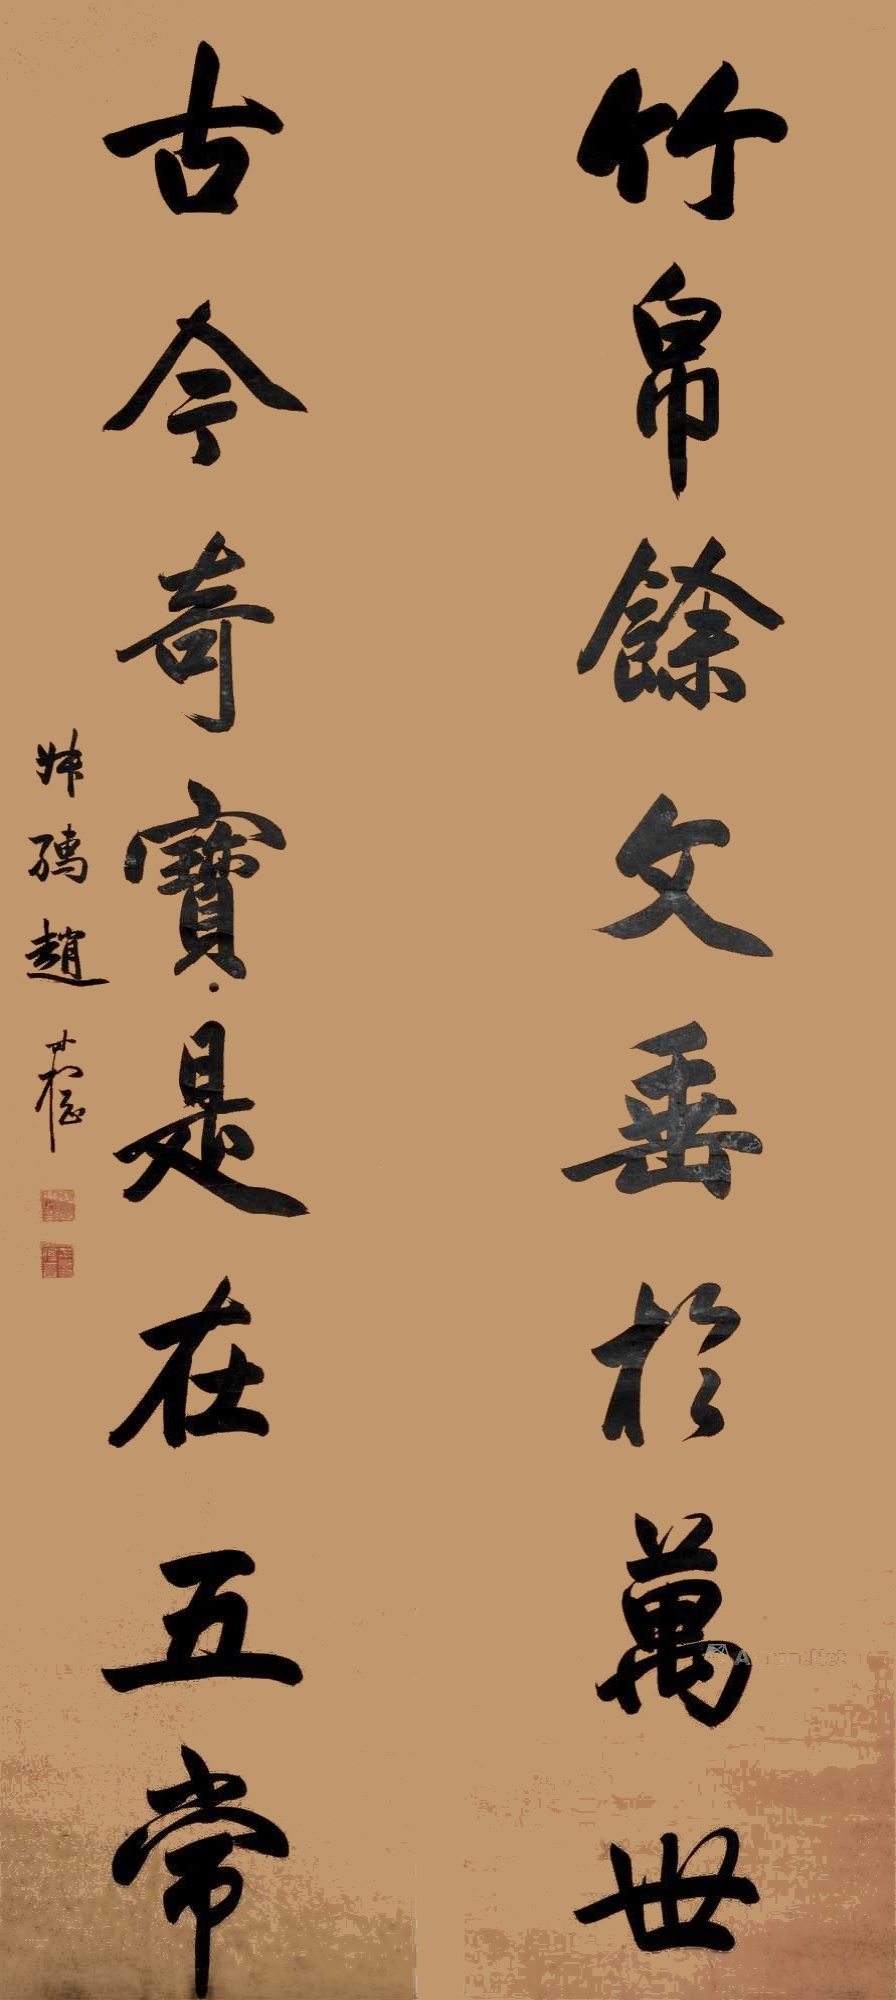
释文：竹帛余文垂于万世，古今奇宝是在五常。叔孺赵世棢。